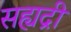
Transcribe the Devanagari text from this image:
सह्यद्री